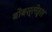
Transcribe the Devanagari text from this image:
बोबस्लेड्स